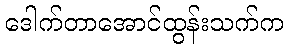
ဒေါက်တာအောင်ထွန်းသက်က